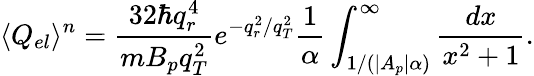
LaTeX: \langle Q_{el}\rangle^{n}=\frac{32\hbar q_{r}^{4}}{mB_{p}q_{T}^{2}}e^{-q_{r}^{2}/q_{T}^{2}}\frac{1}{\alpha}\int_{1/\left(|A_{p}|\alpha\right)}^{\infty}{\frac{dx}{x^{2}+1}}.